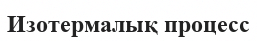
Изотермалық процесс